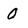
Character: 0